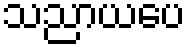
သညာယပေ